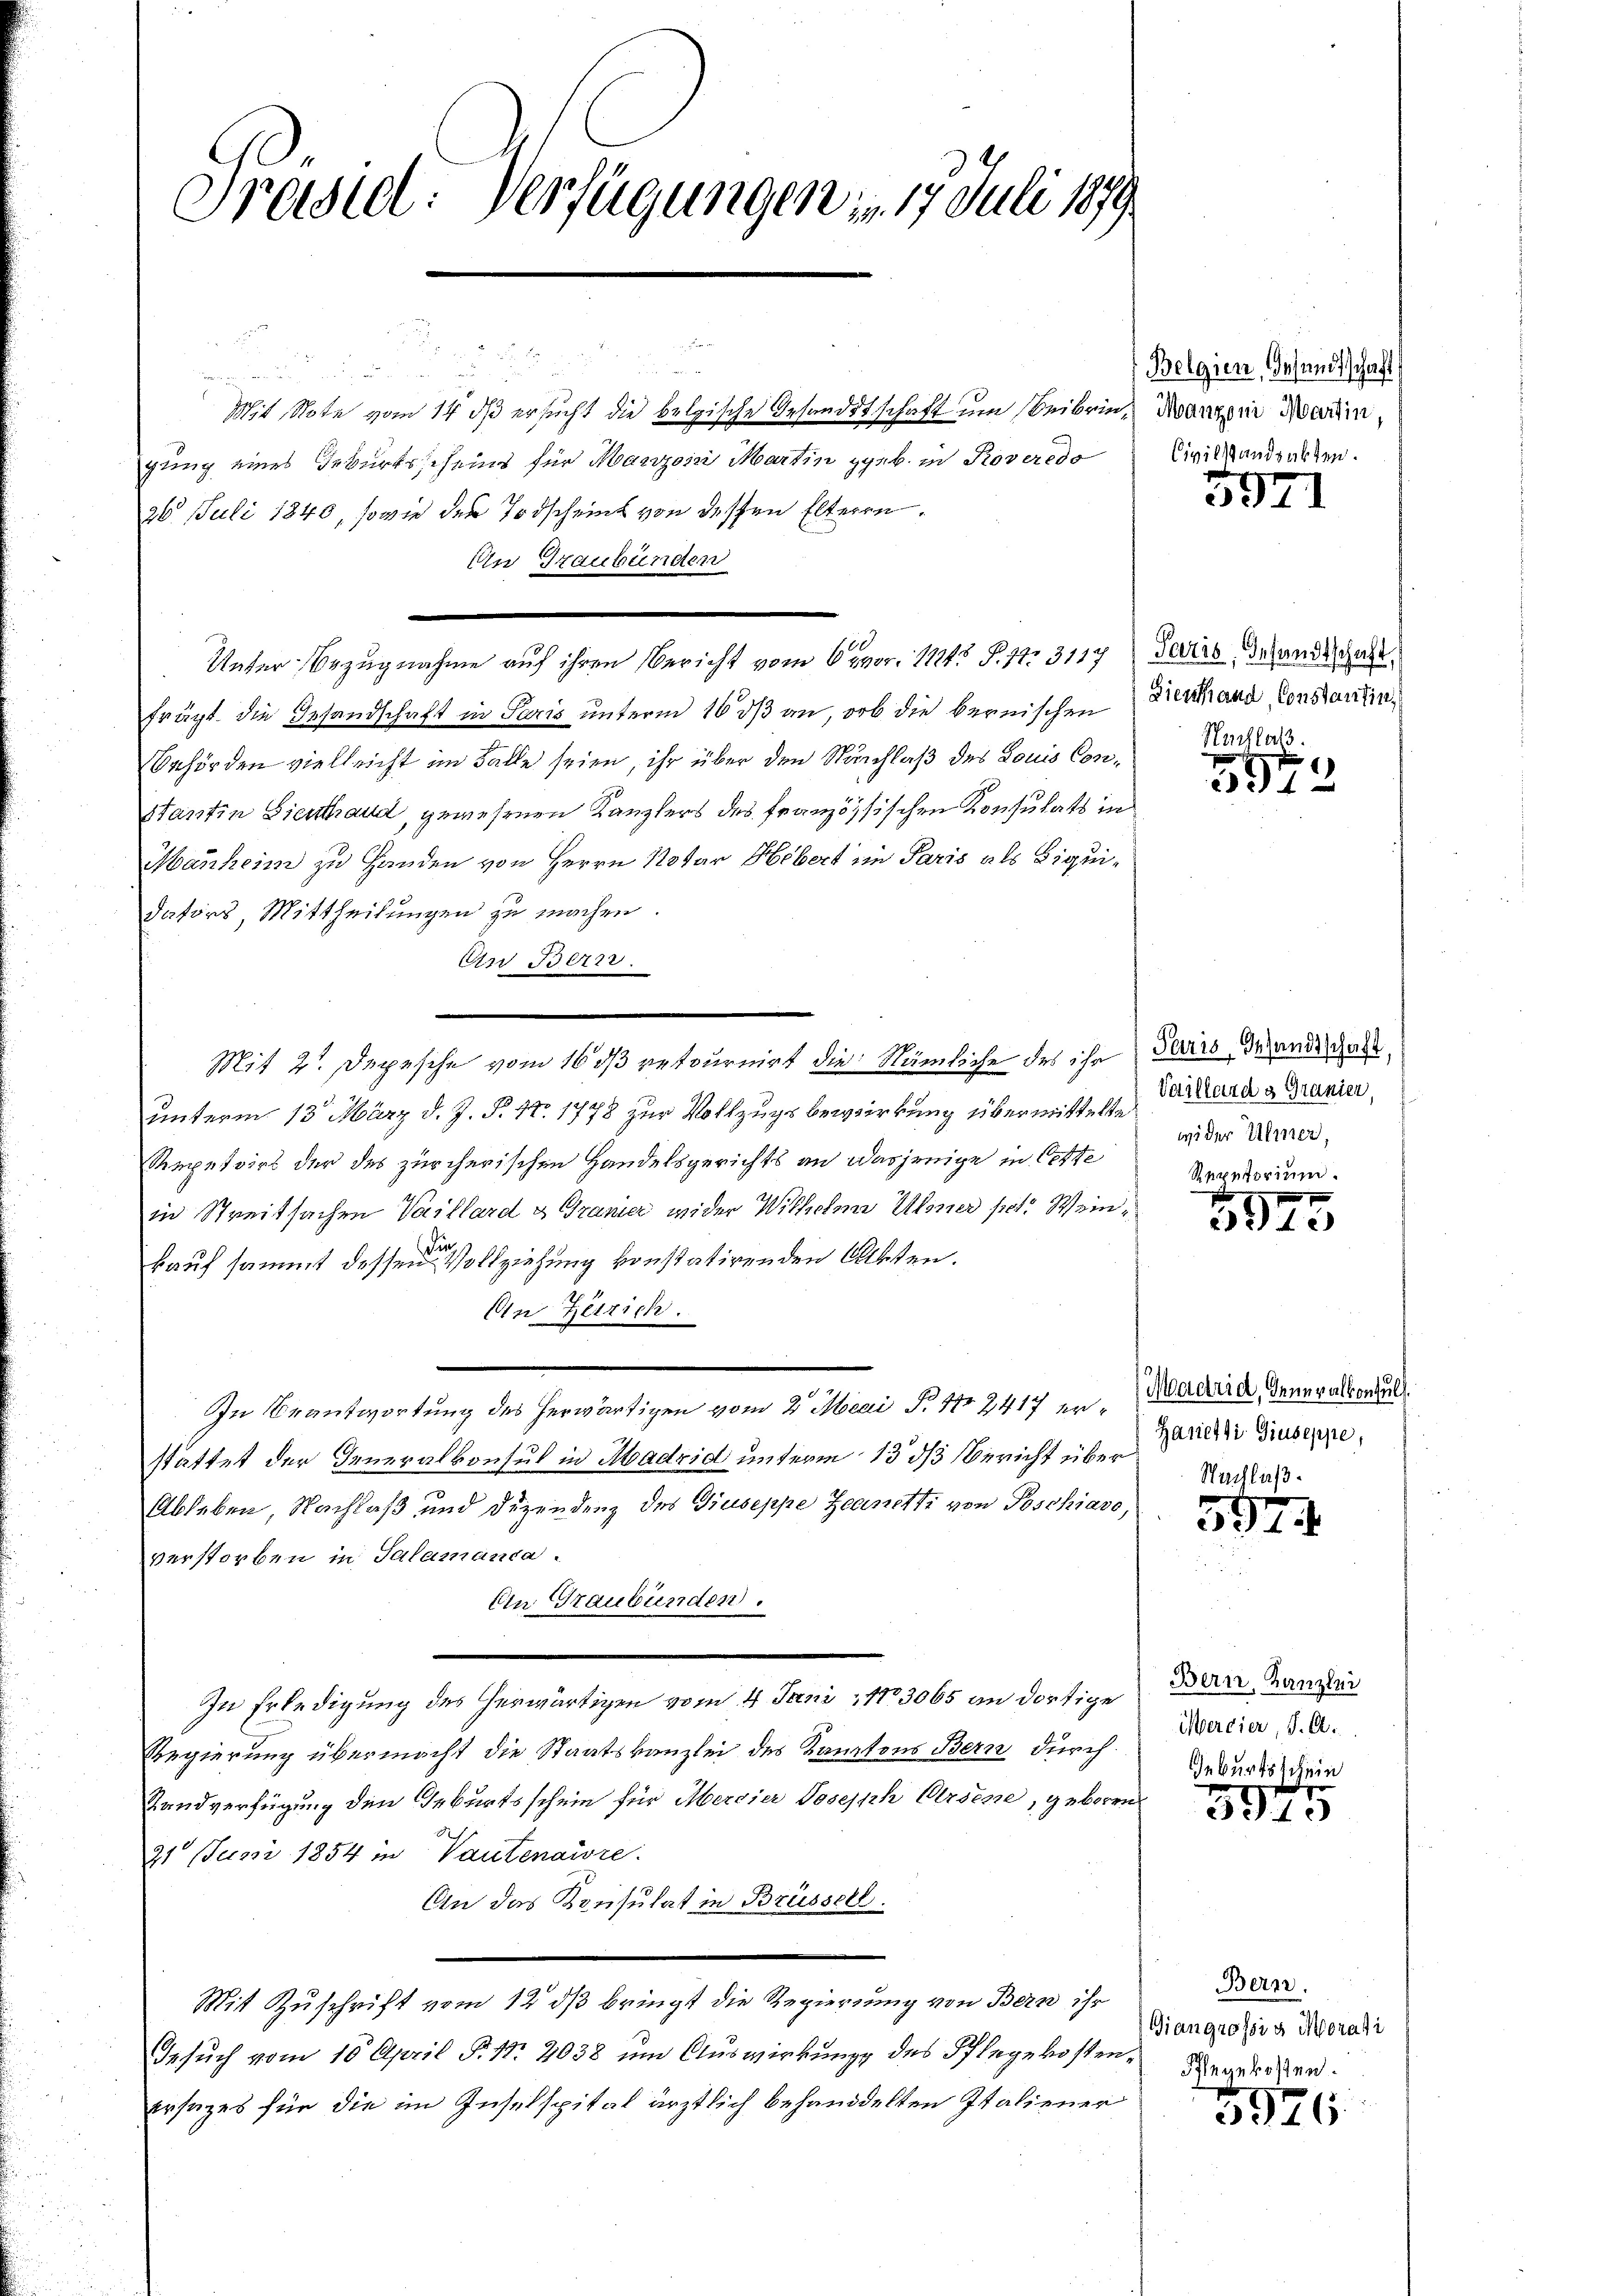
Präsid. Verfügungen – 17. Juli 1879

Mit Note vom 14. dß ersucht die belgische Gesandtschaft um Beibrien Kanzen Marin,
gung eines Geburtsscheins für Marzoin Martin geb. in Roveredo
26. Juli 1840, sowie der Todscheint von dessen Elteren.
Ein Graubünden
frägt die Gesandschaft in Paris unterm 16 ds an, ob die bernischen
Behörden vielleicht im Falle seien, ihr über den Nachlaß des Louis Con¬
Hantin Gierthaud, gewesenen Kanzlers des französischen Konsulats in
Manheim zu Handen von Herrn Notar Hebert im Paris als Liquidators Mittheilungen zu machen
Arr Bezir
Mit 2 Depesche vom 16 ds retournirt die Nämliche des ihr Paris Wandschaft
unterm 13. März d. J. P. Nr. 1778 zur Vollzugsbewirkung übermittelte
Stempetirt der des zürcherischen Handelsgerichts an dasjenige in Cette
in Streitsachen Vaillard es Gramer wider Wilhelm Urner pet. Weinkauf sammt dessen Vollziehung konstatirenden Akten.
An Zerrich.
In Beantwortung des herwärtigen vom 2. Mai P. Nr. 2417 erstattet der Generalkonsul in Madrid unterm 13 d Bericht über
Ableben, Nachlaß und Dizendenz des Giuseppe Zeanetti von Poschiavo,
verstorben in Salamanca
Ein Graubünden.
In Erledigung des herwärtigen vom 4. Juni 1883065 an dortige
Regierung übermacht die Staatskanzlei des Kantons Bern durch
Standverfügung den Geburtsschein für Mercier Joseph Arsene, geboren
d
21 Juni 1854 in Vautenaire.
An das Konsulat in Brüssell
Mit Zuschrift vom 12 dß bringt die Regierung von Bern ihr
Gesŭch vom 10 April §. 1. 2038 um Auswirkung des Pflegekostenersatzes für die im Inselspital ärztlich behanddelten Italiener

Unter-Bezugnahme auf ihren Bericht vom 6 pr. 114 S. 17. 3117

512

Belgien, Gesandtschaft
Civilstandsakten.

5921

Paris, Gesandtschaft,
Dienstand, Constantire
Nachlaß.

972

Vaillard g Granier,
wider Ulmer,
Repetorium.

1945

Madrid, deneralkonsuls.
Harieli Giuseppe,
Nachlaß.

.
e
531

Bern, Kanzlei
Mercier, S. A.
Geburtstein

3975

Bern.
Giangrossia Morati
Pflegekosten.

926